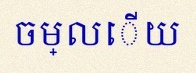
ចម្លើយ